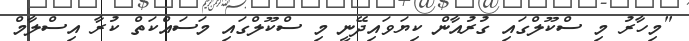
"މިހާރު މި ސްކޫލްގައި ގުރުއާން ކިޔަވައިދޭނީ މި ސްކޫލްގައި މަސައްކަތް ކުރާ އިސްލާމް